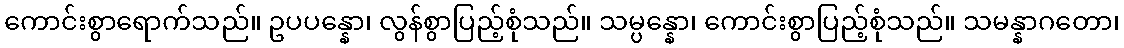
ကောင်းစွာရောက်သည်။ ဥပပန္နော၊ လွန်စွာပြည့်စုံသည်။ သမ္ပန္နော၊ ကောင်းစွာပြည့်စုံသည်။ သမန္နာဂတော၊